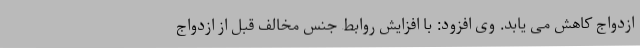
ازدواج کاهش می یابد. وی افزود: با افزایش روابط جنس مخالف قبل از ازدواج